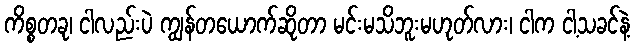
ကိစ္စတခု၊ ငါလည်းပဲ ကျွန်တယောက်ဆိုတာ မင်းမသိဘူးမဟုတ်လား၊ ငါက ငါ့သခင်နဲ့